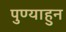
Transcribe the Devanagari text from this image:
पुण्याहुन